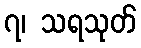
၇၊ သရသုတ်